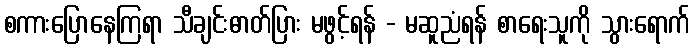
စကားပြောနေကြရာ သီချင်းဓာတ်ပြား မဖွင့်ရန် - မဆူညံရန် စာရေးသူကို သွားရောက်